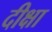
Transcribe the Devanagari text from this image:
दीक्षा